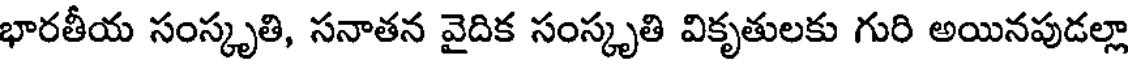
భారతీయ సంస్కృతి, సనాతన వైదిక సంస్కృతి వికృతులకు గురి అయినపుడల్లా